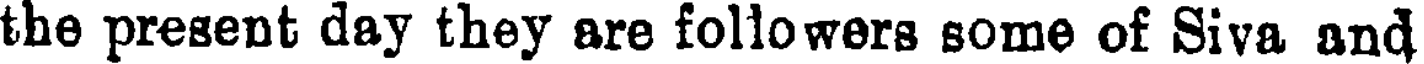
the present day they are followers some of Siva and